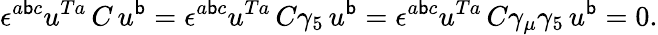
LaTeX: \epsilon^{a\mathsf{b}c}u^{Ta}\, C\, u^{\mathsf{b}}=\epsilon^{a\mathsf{b}c}u^{Ta}\, C\gamma_{5}\, u^{\mathsf{b}}=\epsilon^{a\mathsf{b}c}u^{Ta}\, C\gamma_{\mu}\gamma_{5}\, u^{\mathsf{b}}=0.